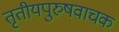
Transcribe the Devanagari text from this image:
तृतीयपुरुषवाचक